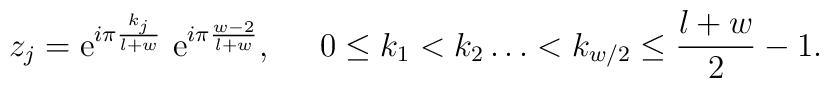
z_j={\rm e}^{i\pi \frac{k_j}{l+w}}\  {\rm e}^{i\pi \frac{w-2}{l+w}},\;\;\;\;\;0\leq k_1<k_2 \dots < k_{w/2}\leq \frac{l+w}{2}-1.